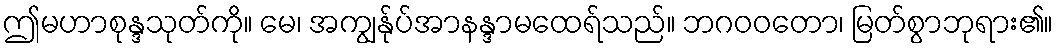
ဤမဟာစုန္ဒသုတ်ကို။ မေ၊ အကျွန်ုပ်အာနန္ဒာမထေရ်သည်။ ဘဂဝဝတော၊ မြတ်စွာဘုရား၏။